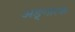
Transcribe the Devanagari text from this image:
अङ्गारक